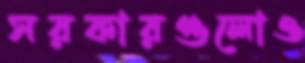
সরকারগুলোও